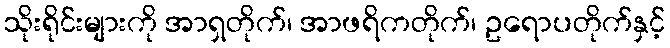
သိုးရိုင်းများကို အာရှတိုက်၊ အာဖရိကတိုက်၊ ဥရောပတိုက်နှင့်